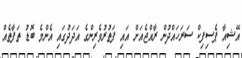
އޭޝިއާ ޕެސިފިކް ސަރަހައްދުން ރާއްޖެއަށް އައި ފަތުރުވެރިންގެ އަދަދުގައި އެންމެ ބޮޑު ތަފާތެއް